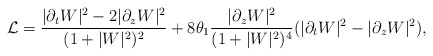
\begin{align*}{\cal L}=\frac{|\partial_t W|^{2}-2 |\partial_z W|^{2}}{(1+|W|^{2})^{2}} +8\theta_{1}\frac{|\partial_z W|^{2}}{(1+|W|^{2})^{4}} (|\partial_{t} W|^{2}-|\partial _{z} W|^{2}),\end{align*}